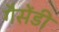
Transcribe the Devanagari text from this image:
गैसेंडी